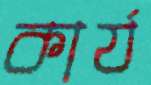
কার্য